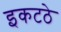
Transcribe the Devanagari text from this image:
इकटठे